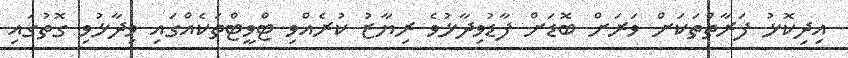
އިދިކޮޅު ފަރާތްތަކަށް ވަރަށް ބޮޑަށް ފާޑުވިދާޅުވެ ރިޔާޒު ކުރެއްވި ޓްވީޓްތަކެއްގައި ވިދާޅުވި ގޮތުގައި